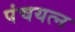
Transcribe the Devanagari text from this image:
पंचयत्‍न